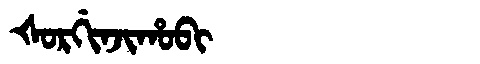
Manchu: ᡧᠣᡵᡤᡳᠨᠵᡳᡥᠣᠪᡳ
Romanization: ŠORGINJIHOBI